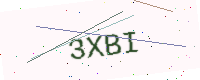
Text: 3XBI